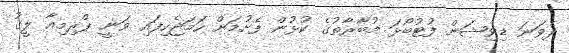
ދެވަނަ ޑިވިޝަން ފުޓުބޯޅަ މުބާރާތުގެ ކުޅުން ފެށުމަށް ހަމަޖެހިފައި ވަނީ ޕްރިމިއާ ލީގު